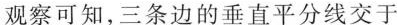
观察可知，三条边的垂直平分线交于